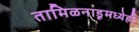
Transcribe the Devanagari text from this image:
तामिळनाडूमध्येही